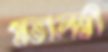
মতালম্বী